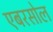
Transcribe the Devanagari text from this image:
एबरसोल